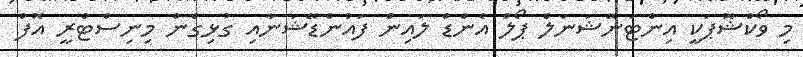
މި ވޯކްޝޮޕަކީ އިންޓަނޭޝަނަލް ޕޯލް އެންޑް ލައިން ފައުންޑޭޝަނާއި ގުޅިގެން މިނިސްޓްރީ އޮފް